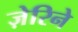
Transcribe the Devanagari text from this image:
ज़ेरिने